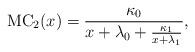
LaTeX: \begin{align*}\mathrm{MC}_2(x)=\frac{\kappa_0}{x+\lambda_0+\frac{\kappa_1}{x+\lambda_1}},\end{align*}